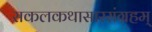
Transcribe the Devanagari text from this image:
सकलकथासारसंग्रहम्